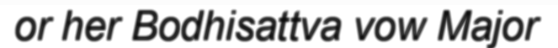
or her Bodhisattva vow Major